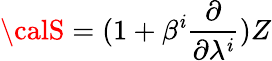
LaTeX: {\calS}=(1+\beta^{\mathit{i}}\frac{{\partial}}{{\partial\lambda^{\mathit{i}}}})Z